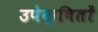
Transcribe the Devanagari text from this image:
उपेक्षितों